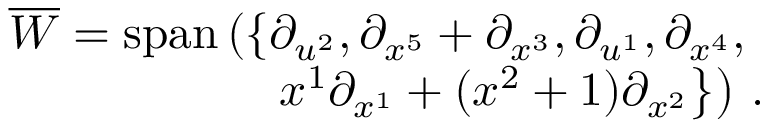
\begin{array} { r } { \overline { { W } } = \mathrm { s p a n } \left( \left\{ \partial _ { u ^ { 2 } } , \partial _ { x ^ { 5 } } + \partial _ { x ^ { 3 } } , \partial _ { u ^ { 1 } } , \partial _ { x ^ { 4 } } , \right. \right. } \\ { \quad \left. \left. x ^ { 1 } \partial _ { x ^ { 1 } } + ( x ^ { 2 } + 1 ) \partial _ { x ^ { 2 } } \right\} \right) \, . } \end{array}